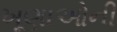
ખૂણાઓની